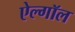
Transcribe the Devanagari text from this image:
ऐल्गॉल